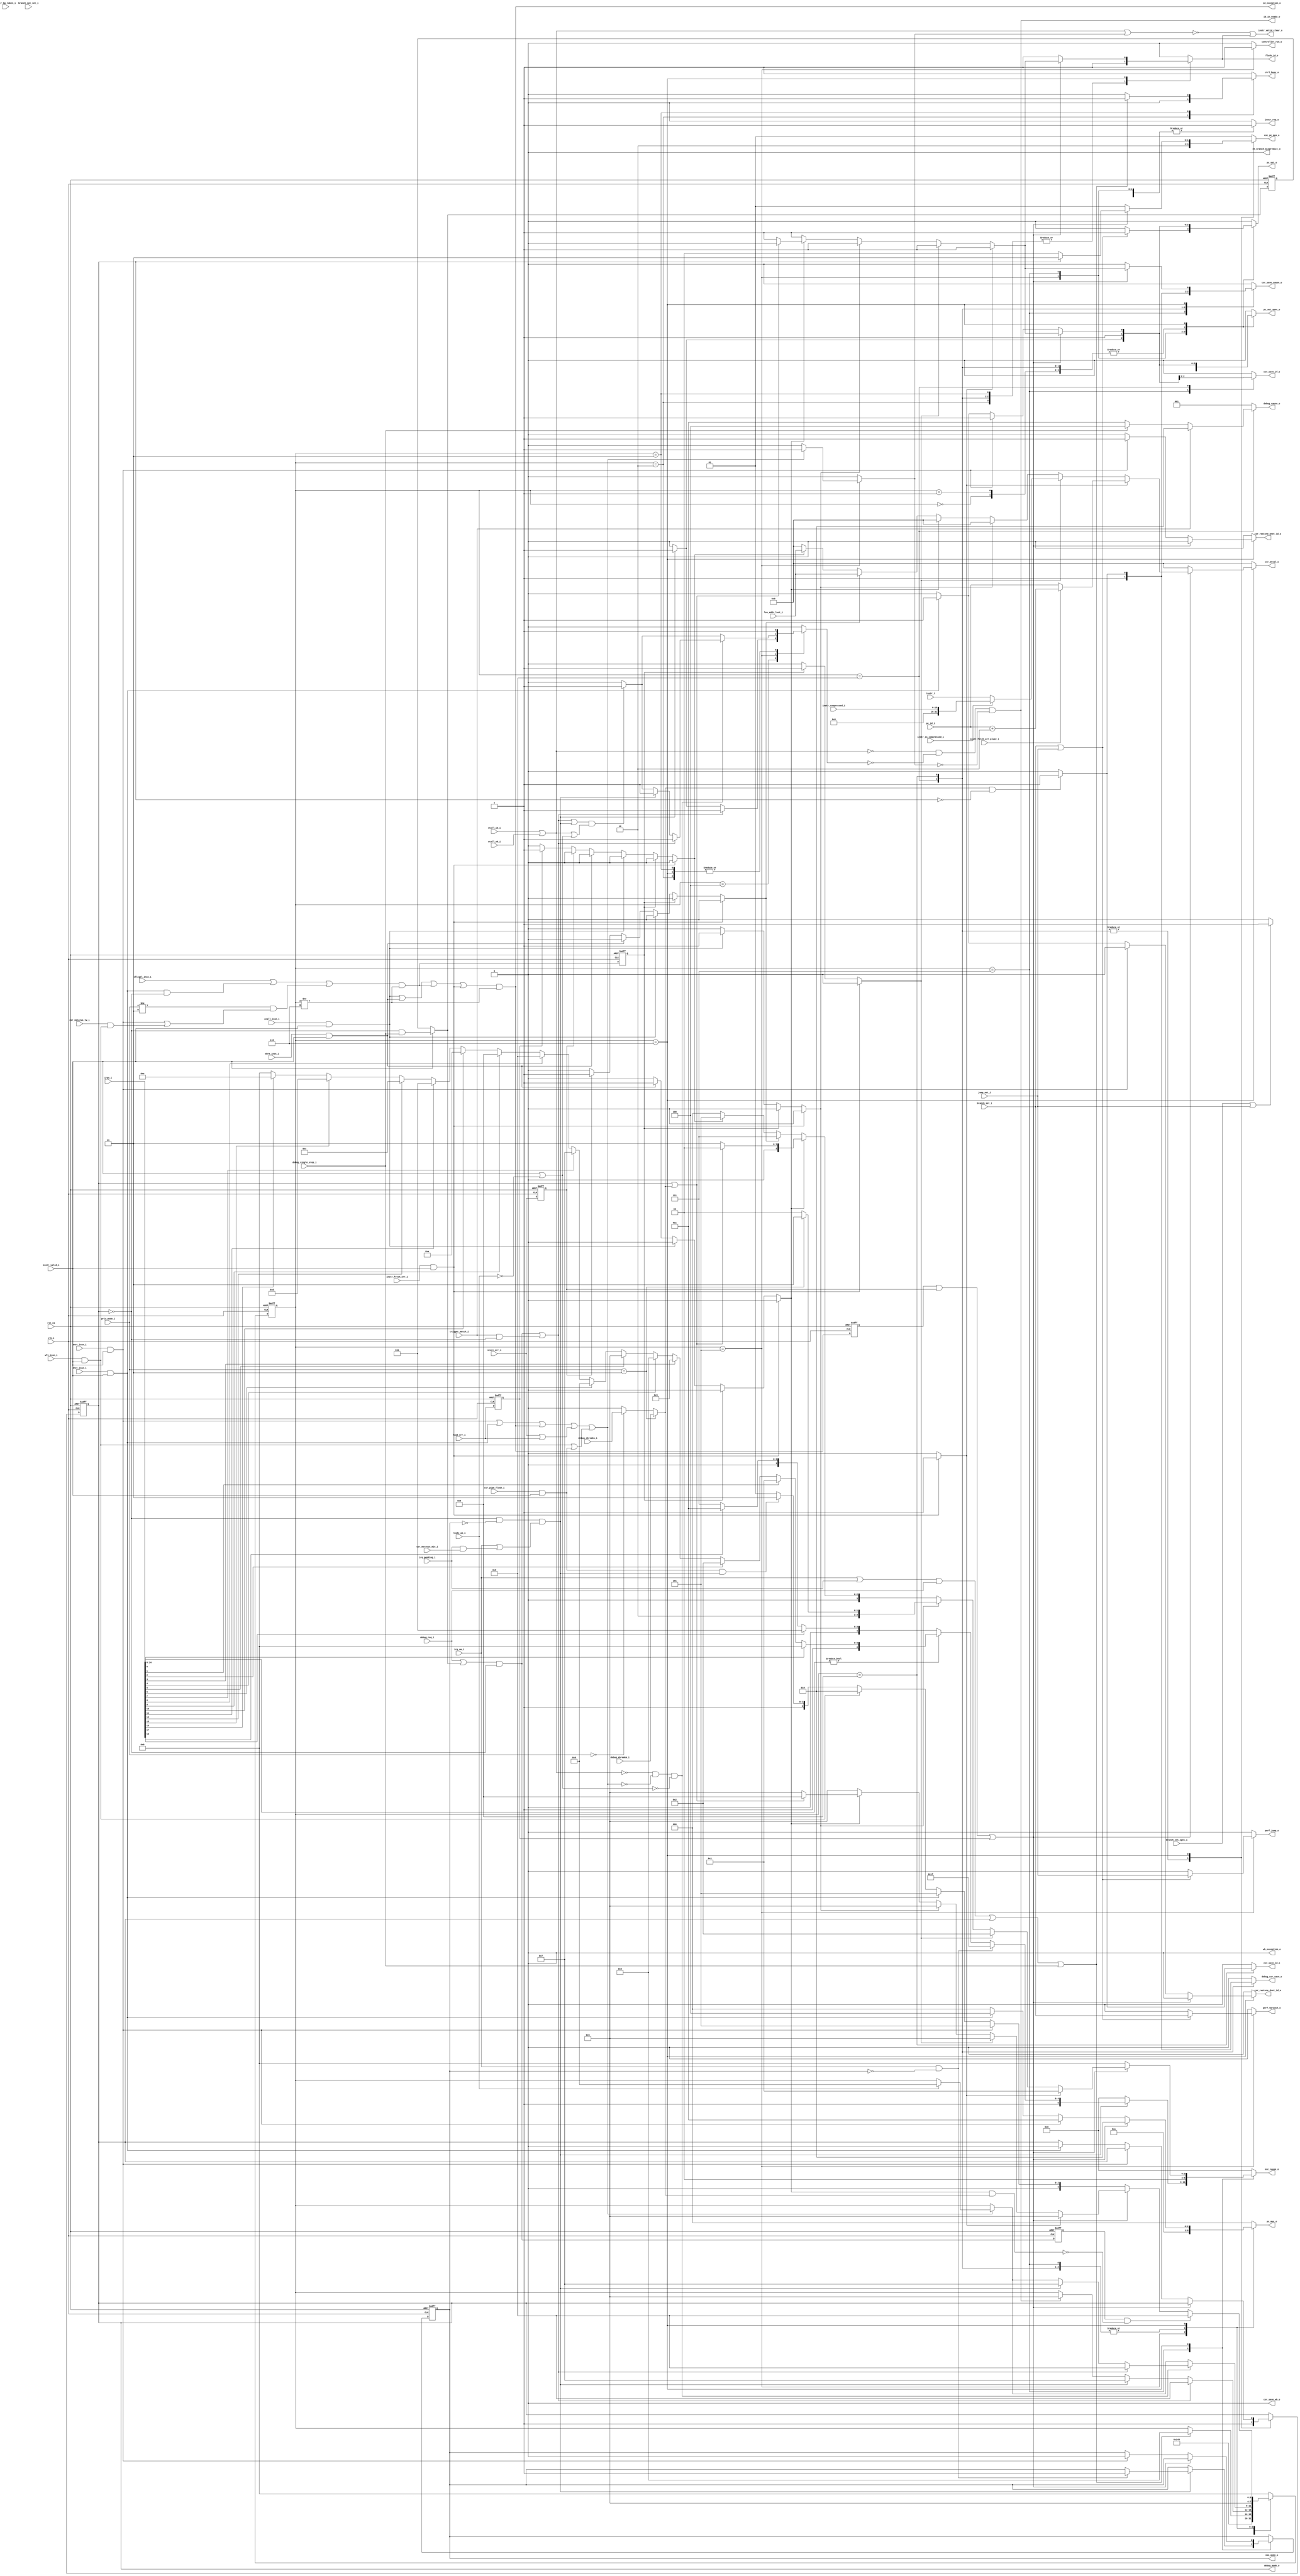
// Copyright lowRISC contributors.
// Licensed under the Apache License, Version 2.0, see LICENSE for details.
// SPDX-License-Identifier: Apache-2.0
module ibex_controller (
	clk_i,
	rst_ni,
	ctrl_busy_o,
	illegal_insn_i,
	ecall_insn_i,
	mret_insn_i,
	dret_insn_i,
	wfi_insn_i,
	ebrk_insn_i,
	csr_pipe_flush_i,
	instr_valid_i,
	instr_i,
	instr_compressed_i,
	instr_is_compressed_i,
	instr_bp_taken_i,
	instr_fetch_err_i,
	instr_fetch_err_plus2_i,
	pc_id_i,
	instr_valid_clear_o,
	id_in_ready_o,
	controller_run_o,
	instr_req_o,
	pc_set_o,
	pc_set_spec_o,
	pc_mux_o,
	nt_branch_mispredict_o,
	exc_pc_mux_o,
	exc_cause_o,
	lsu_addr_last_i,
	load_err_i,
	store_err_i,
	wb_exception_o,
	id_exception_o,
	branch_set_i,
	branch_set_spec_i,
	branch_not_set_i,
	jump_set_i,
	csr_mstatus_mie_i,
	irq_pending_i,
	irqs_i,
	irq_nm_i,
	nmi_mode_o,
	debug_req_i,
	debug_cause_o,
	debug_csr_save_o,
	debug_mode_o,
	debug_single_step_i,
	debug_ebreakm_i,
	debug_ebreaku_i,
	trigger_match_i,
	csr_save_if_o,
	csr_save_id_o,
	csr_save_wb_o,
	csr_restore_mret_id_o,
	csr_restore_dret_id_o,
	csr_save_cause_o,
	csr_mtval_o,
	priv_mode_i,
	csr_mstatus_tw_i,
	stall_id_i,
	stall_wb_i,
	flush_id_o,
	ready_wb_i,
	perf_jump_o,
	perf_tbranch_o
);
	parameter [0:0] WritebackStage = 0;
	parameter [0:0] BranchPredictor = 0;
	input wire clk_i;
	input wire rst_ni;
	output reg ctrl_busy_o;
	input wire illegal_insn_i;
	input wire ecall_insn_i;
	input wire mret_insn_i;
	input wire dret_insn_i;
	input wire wfi_insn_i;
	input wire ebrk_insn_i;
	input wire csr_pipe_flush_i;
	input wire instr_valid_i;
	input wire [31:0] instr_i;
	input wire [15:0] instr_compressed_i;
	input wire instr_is_compressed_i;
	input wire instr_bp_taken_i;
	input wire instr_fetch_err_i;
	input wire instr_fetch_err_plus2_i;
	input wire [31:0] pc_id_i;
	output wire instr_valid_clear_o;
	output wire id_in_ready_o;
	output reg controller_run_o;
	output reg instr_req_o;
	output reg pc_set_o;
	output reg pc_set_spec_o;
	output reg [2:0] pc_mux_o;
	output reg nt_branch_mispredict_o;
	output reg [1:0] exc_pc_mux_o;
	output reg [5:0] exc_cause_o;
	input wire [31:0] lsu_addr_last_i;
	input wire load_err_i;
	input wire store_err_i;
	output wire wb_exception_o;
	output wire id_exception_o;
	input wire branch_set_i;
	input wire branch_set_spec_i;
	input wire branch_not_set_i;
	input wire jump_set_i;
	input wire csr_mstatus_mie_i;
	input wire irq_pending_i;
	input wire [17:0] irqs_i;
	input wire irq_nm_i;
	output wire nmi_mode_o;
	input wire debug_req_i;
	output reg [2:0] debug_cause_o;
	output reg debug_csr_save_o;
	output wire debug_mode_o;
	input wire debug_single_step_i;
	input wire debug_ebreakm_i;
	input wire debug_ebreaku_i;
	input wire trigger_match_i;
	output reg csr_save_if_o;
	output reg csr_save_id_o;
	output reg csr_save_wb_o;
	output reg csr_restore_mret_id_o;
	output reg csr_restore_dret_id_o;
	output reg csr_save_cause_o;
	output reg [31:0] csr_mtval_o;
	input wire [1:0] priv_mode_i;
	input wire csr_mstatus_tw_i;
	input wire stall_id_i;
	input wire stall_wb_i;
	output wire flush_id_o;
	input wire ready_wb_i;
	output reg perf_jump_o;
	output reg perf_tbranch_o;
	reg [3:0] ctrl_fsm_cs;
	reg [3:0] ctrl_fsm_ns;
	reg nmi_mode_q;
	reg nmi_mode_d;
	reg debug_mode_q;
	reg debug_mode_d;
	reg load_err_q;
	wire load_err_d;
	reg store_err_q;
	wire store_err_d;
	reg exc_req_q;
	wire exc_req_d;
	reg illegal_insn_q;
	wire illegal_insn_d;
	reg instr_fetch_err_prio;
	reg illegal_insn_prio;
	reg ecall_insn_prio;
	reg ebrk_insn_prio;
	reg store_err_prio;
	reg load_err_prio;
	wire stall;
	reg halt_if;
	reg retain_id;
	reg flush_id;
	wire illegal_dret;
	wire illegal_umode;
	wire exc_req_lsu;
	wire special_req;
	wire special_req_pc_change;
	wire special_req_flush_only;
	wire do_single_step_d;
	reg do_single_step_q;
	wire enter_debug_mode_prio_d;
	reg enter_debug_mode_prio_q;
	wire enter_debug_mode;
	wire ebreak_into_debug;
	wire handle_irq;
	wire id_wb_pending;
	reg [3:0] mfip_id;
	wire unused_irq_timer;
	wire ecall_insn;
	wire mret_insn;
	wire dret_insn;
	wire wfi_insn;
	wire ebrk_insn;
	wire csr_pipe_flush;
	wire instr_fetch_err;
	assign load_err_d = load_err_i;
	assign store_err_d = store_err_i;
	assign ecall_insn = ecall_insn_i & instr_valid_i;
	assign mret_insn = mret_insn_i & instr_valid_i;
	assign dret_insn = dret_insn_i & instr_valid_i;
	assign wfi_insn = wfi_insn_i & instr_valid_i;
	assign ebrk_insn = ebrk_insn_i & instr_valid_i;
	assign csr_pipe_flush = csr_pipe_flush_i & instr_valid_i;
	assign instr_fetch_err = instr_fetch_err_i & instr_valid_i;
	assign illegal_dret = dret_insn & ~debug_mode_q;
	assign illegal_umode = (priv_mode_i != 2'b11) & (mret_insn | (csr_mstatus_tw_i & wfi_insn));
	assign illegal_insn_d = ((illegal_insn_i | illegal_dret) | illegal_umode) & (ctrl_fsm_cs != 4'd6);
	assign exc_req_d = (((ecall_insn | ebrk_insn) | illegal_insn_d) | instr_fetch_err) & (ctrl_fsm_cs != 4'd6);
	assign exc_req_lsu = store_err_i | load_err_i;
	assign id_exception_o = exc_req_d;
	assign special_req_flush_only = wfi_insn | csr_pipe_flush;
	assign special_req_pc_change = ((mret_insn | dret_insn) | exc_req_d) | exc_req_lsu;
	assign special_req = special_req_pc_change | special_req_flush_only;
	assign id_wb_pending = instr_valid_i | ~ready_wb_i;
	generate
		if (WritebackStage) begin : g_wb_exceptions
			always @(*) begin
				instr_fetch_err_prio = 0;
				illegal_insn_prio = 0;
				ecall_insn_prio = 0;
				ebrk_insn_prio = 0;
				store_err_prio = 0;
				load_err_prio = 0;
				if (store_err_q)
					store_err_prio = 1'b1;
				else if (load_err_q)
					load_err_prio = 1'b1;
				else if (instr_fetch_err)
					instr_fetch_err_prio = 1'b1;
				else if (illegal_insn_q)
					illegal_insn_prio = 1'b1;
				else if (ecall_insn)
					ecall_insn_prio = 1'b1;
				else if (ebrk_insn)
					ebrk_insn_prio = 1'b1;
			end
			assign wb_exception_o = ((load_err_q | store_err_q) | load_err_i) | store_err_i;
		end
		else begin : g_no_wb_exceptions
			always @(*) begin
				instr_fetch_err_prio = 0;
				illegal_insn_prio = 0;
				ecall_insn_prio = 0;
				ebrk_insn_prio = 0;
				store_err_prio = 0;
				load_err_prio = 0;
				if (instr_fetch_err)
					instr_fetch_err_prio = 1'b1;
				else if (illegal_insn_q)
					illegal_insn_prio = 1'b1;
				else if (ecall_insn)
					ecall_insn_prio = 1'b1;
				else if (ebrk_insn)
					ebrk_insn_prio = 1'b1;
				else if (store_err_q)
					store_err_prio = 1'b1;
				else if (load_err_q)
					load_err_prio = 1'b1;
			end
			assign wb_exception_o = 1'b0;
		end
	endgenerate
	assign do_single_step_d = (instr_valid_i ? ~debug_mode_q & debug_single_step_i : do_single_step_q);
	assign enter_debug_mode_prio_d = (debug_req_i | do_single_step_d) & ~debug_mode_q;
	assign enter_debug_mode = enter_debug_mode_prio_d | (trigger_match_i & ~debug_mode_q);
	assign ebreak_into_debug = (priv_mode_i == 2'b11 ? debug_ebreakm_i : (priv_mode_i == 2'b00 ? debug_ebreaku_i : 1'b0));
	assign handle_irq = (~debug_mode_q & ~nmi_mode_q) & (irq_nm_i | (irq_pending_i & csr_mstatus_mie_i));
	always @(*) begin : gen_mfip_id
		mfip_id = 4'd0;
		begin : sv2v_autoblock_1
			reg signed [31:0] i;
			for (i = 14; i >= 0; i = i - 1)
				if (irqs_i[i])
					mfip_id = i[3:0];
		end
	end
	assign unused_irq_timer = irqs_i[16];
	function automatic [5:0] sv2v_cast_6;
		input reg [5:0] inp;
		sv2v_cast_6 = inp;
	endfunction
	always @(*) begin
		instr_req_o = 1'b1;
		csr_save_if_o = 1'b0;
		csr_save_id_o = 1'b0;
		csr_save_wb_o = 1'b0;
		csr_restore_mret_id_o = 1'b0;
		csr_restore_dret_id_o = 1'b0;
		csr_save_cause_o = 1'b0;
		csr_mtval_o = 1'sb0;
		pc_mux_o = 3'd0;
		pc_set_o = 1'b0;
		pc_set_spec_o = 1'b0;
		nt_branch_mispredict_o = 1'b0;
		exc_pc_mux_o = 2'd1;
		exc_cause_o = 6'b000000;
		ctrl_fsm_ns = ctrl_fsm_cs;
		ctrl_busy_o = 1'b1;
		halt_if = 1'b0;
		retain_id = 1'b0;
		flush_id = 1'b0;
		debug_csr_save_o = 1'b0;
		debug_cause_o = 3'h1;
		debug_mode_d = debug_mode_q;
		nmi_mode_d = nmi_mode_q;
		perf_tbranch_o = 1'b0;
		perf_jump_o = 1'b0;
		controller_run_o = 1'b0;
		case (ctrl_fsm_cs)
			4'd0: begin
				instr_req_o = 1'b0;
				pc_mux_o = 3'd0;
				pc_set_o = 1'b1;
				pc_set_spec_o = 1'b1;
				ctrl_fsm_ns = 4'd1;
			end
			4'd1: begin
				instr_req_o = 1'b1;
				pc_mux_o = 3'd0;
				pc_set_o = 1'b1;
				pc_set_spec_o = 1'b1;
				ctrl_fsm_ns = 4'd4;
			end
			4'd2: begin
				ctrl_busy_o = 1'b0;
				instr_req_o = 1'b0;
				halt_if = 1'b1;
				flush_id = 1'b1;
				ctrl_fsm_ns = 4'd3;
			end
			4'd3: begin
				instr_req_o = 1'b0;
				halt_if = 1'b1;
				flush_id = 1'b1;
				if ((((irq_nm_i || irq_pending_i) || debug_req_i) || debug_mode_q) || debug_single_step_i)
					ctrl_fsm_ns = 4'd4;
				else
					ctrl_busy_o = 1'b0;
			end
			4'd4: begin
				if (id_in_ready_o)
					ctrl_fsm_ns = 4'd5;
				if (handle_irq) begin
					ctrl_fsm_ns = 4'd7;
					halt_if = 1'b1;
				end
				if (enter_debug_mode) begin
					ctrl_fsm_ns = 4'd8;
					halt_if = 1'b1;
				end
			end
			4'd5: begin
				controller_run_o = 1'b1;
				pc_mux_o = 3'd1;
				if (special_req) begin
					retain_id = 1'b1;
					if (ready_wb_i | wb_exception_o)
						ctrl_fsm_ns = 4'd6;
				end
				if (branch_set_i || jump_set_i) begin
					pc_set_o = (BranchPredictor ? ~instr_bp_taken_i : 1'b1);
					perf_tbranch_o = branch_set_i;
					perf_jump_o = jump_set_i;
				end
				if (BranchPredictor)
					if (instr_bp_taken_i & branch_not_set_i)
						nt_branch_mispredict_o = 1'b1;
				if (branch_set_spec_i || jump_set_i)
					pc_set_spec_o = (BranchPredictor ? ~instr_bp_taken_i : 1'b1);
				if ((enter_debug_mode || handle_irq) && (stall || id_wb_pending))
					halt_if = 1'b1;
				if ((!stall && !special_req) && !id_wb_pending)
					if (enter_debug_mode) begin
						ctrl_fsm_ns = 4'd8;
						halt_if = 1'b1;
					end
					else if (handle_irq) begin
						ctrl_fsm_ns = 4'd7;
						halt_if = 1'b1;
					end
			end
			4'd7: begin
				pc_mux_o = 3'd2;
				exc_pc_mux_o = 2'd1;
				if (handle_irq) begin
					pc_set_o = 1'b1;
					pc_set_spec_o = 1'b1;
					csr_save_if_o = 1'b1;
					csr_save_cause_o = 1'b1;
					if (irq_nm_i && !nmi_mode_q) begin
						exc_cause_o = 6'b111111;
						nmi_mode_d = 1'b1;
					end
					else if (irqs_i[14-:15] != 15'b000000000000000)
						exc_cause_o = sv2v_cast_6({2'b11, mfip_id});
					else if (irqs_i[15])
						exc_cause_o = 6'b101011;
					else if (irqs_i[17])
						exc_cause_o = 6'b100011;
					else
						exc_cause_o = 6'b100111;
				end
				ctrl_fsm_ns = 4'd5;
			end
			4'd8: begin
				pc_mux_o = 3'd2;
				exc_pc_mux_o = 2'd2;
				flush_id = 1'b1;
				pc_set_o = 1'b1;
				pc_set_spec_o = 1'b1;
				csr_save_if_o = 1'b1;
				debug_csr_save_o = 1'b1;
				csr_save_cause_o = 1'b1;
				if (trigger_match_i)
					debug_cause_o = 3'h2;
				else if (debug_single_step_i)
					debug_cause_o = 3'h4;
				else
					debug_cause_o = 3'h3;
				debug_mode_d = 1'b1;
				ctrl_fsm_ns = 4'd5;
			end
			4'd9: begin
				flush_id = 1'b1;
				pc_mux_o = 3'd2;
				pc_set_o = 1'b1;
				pc_set_spec_o = 1'b1;
				exc_pc_mux_o = 2'd2;
				if (ebreak_into_debug && !debug_mode_q) begin
					csr_save_cause_o = 1'b1;
					csr_save_id_o = 1'b1;
					debug_csr_save_o = 1'b1;
					debug_cause_o = 3'h1;
				end
				debug_mode_d = 1'b1;
				ctrl_fsm_ns = 4'd5;
			end
			4'd6: begin
				halt_if = 1'b1;
				flush_id = 1'b1;
				ctrl_fsm_ns = 4'd5;
				if ((exc_req_q || store_err_q) || load_err_q) begin
					pc_set_o = 1'b1;
					pc_set_spec_o = 1'b1;
					pc_mux_o = 3'd2;
					exc_pc_mux_o = (debug_mode_q ? 2'd3 : 2'd0);
					if (WritebackStage) begin : g_writeback_mepc_save
						csr_save_id_o = ~(store_err_q | load_err_q);
						csr_save_wb_o = store_err_q | load_err_q;
					end
					else begin : g_no_writeback_mepc_save
						csr_save_id_o = 1'b0;
					end
					csr_save_cause_o = 1'b1;
					case (1'b1)
						instr_fetch_err_prio: begin
							exc_cause_o = 6'b000001;
							csr_mtval_o = (instr_fetch_err_plus2_i ? pc_id_i + 32'd2 : pc_id_i);
						end
						illegal_insn_prio: begin
							exc_cause_o = 6'b000010;
							csr_mtval_o = (instr_is_compressed_i ? {16'b0000000000000000, instr_compressed_i} : instr_i);
						end
						ecall_insn_prio: exc_cause_o = (priv_mode_i == 2'b11 ? 6'b001011 : 6'b001000);
						ebrk_insn_prio:
							if (debug_mode_q | ebreak_into_debug) begin
								pc_set_o = 1'b0;
								pc_set_spec_o = 1'b0;
								csr_save_id_o = 1'b0;
								csr_save_cause_o = 1'b0;
								ctrl_fsm_ns = 4'd9;
								flush_id = 1'b0;
							end
							else
								exc_cause_o = 6'b000011;
						store_err_prio: begin
							exc_cause_o = 6'b000111;
							csr_mtval_o = lsu_addr_last_i;
						end
						load_err_prio: begin
							exc_cause_o = 6'b000101;
							csr_mtval_o = lsu_addr_last_i;
						end
						default:
							;
					endcase
				end
				else if (mret_insn) begin
					pc_mux_o = 3'd3;
					pc_set_o = 1'b1;
					pc_set_spec_o = 1'b1;
					csr_restore_mret_id_o = 1'b1;
					if (nmi_mode_q)
						nmi_mode_d = 1'b0;
				end
				else if (dret_insn) begin
					pc_mux_o = 3'd4;
					pc_set_o = 1'b1;
					pc_set_spec_o = 1'b1;
					debug_mode_d = 1'b0;
					csr_restore_dret_id_o = 1'b1;
				end
				else if (wfi_insn)
					ctrl_fsm_ns = 4'd2;
				else if (csr_pipe_flush && handle_irq)
					ctrl_fsm_ns = 4'd7;
				if (enter_debug_mode_prio_q && !(ebrk_insn_prio && ebreak_into_debug))
					ctrl_fsm_ns = 4'd8;
			end
			default: begin
				instr_req_o = 1'b0;
				ctrl_fsm_ns = 4'd0;
			end
		endcase
	end
	assign flush_id_o = flush_id;
	assign debug_mode_o = debug_mode_q;
	assign nmi_mode_o = nmi_mode_q;
	assign stall = stall_id_i | stall_wb_i;
	assign id_in_ready_o = (~stall & ~halt_if) & ~retain_id;
	assign instr_valid_clear_o = ~(stall | retain_id) | flush_id;
	always @(posedge clk_i or negedge rst_ni) begin : update_regs
		if (!rst_ni) begin
			ctrl_fsm_cs <= 4'd0;
			nmi_mode_q <= 1'b0;
			do_single_step_q <= 1'b0;
			debug_mode_q <= 1'b0;
			enter_debug_mode_prio_q <= 1'b0;
			load_err_q <= 1'b0;
			store_err_q <= 1'b0;
			exc_req_q <= 1'b0;
			illegal_insn_q <= 1'b0;
		end
		else begin
			ctrl_fsm_cs <= ctrl_fsm_ns;
			nmi_mode_q <= nmi_mode_d;
			do_single_step_q <= do_single_step_d;
			debug_mode_q <= debug_mode_d;
			enter_debug_mode_prio_q <= enter_debug_mode_prio_d;
			load_err_q <= load_err_d;
			store_err_q <= store_err_d;
			exc_req_q <= exc_req_d;
			illegal_insn_q <= illegal_insn_d;
		end
	end
endmodule